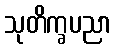
သုတိက္ခပညာ